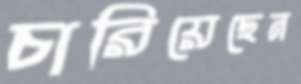
চারিয়েছেন